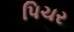
પિચર